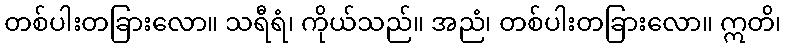
တစ်ပါးတခြားလော။ သရီရံ၊ ကိုယ်သည်။ အညံ၊ တစ်ပါးတခြားလော။ ဣတိ၊